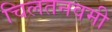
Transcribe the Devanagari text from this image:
चिलतनवमी